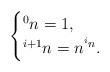
LaTeX: \begin{align*}\begin{cases}{}^{0}n=1, \\{}^{i+1} n = n^{{}^{i}n }.\end{cases} \end{align*}